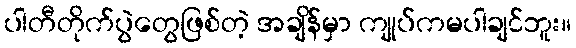
ပါတီတိုက်ပွဲတွေဖြစ်တဲ့ အချိန်မှာ ကျုပ်ကမပါချင်ဘူး။